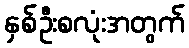
နှစ်ဦးစလုံးအတွက်